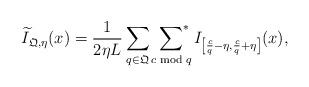
LaTeX: \begin{align*}\widetilde{I}_{\mathfrak{Q},\eta}(x)=\frac{1}{2\eta L}\sum_{q\in \mathfrak{Q}}\,\sideset{}{^*}\sum_{c \bmod q}I_{\left[\frac{c}{q}-\eta,\frac{c}{q}+\eta\right]}(x),\end{align*}